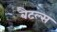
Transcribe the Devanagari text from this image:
बैटल्स